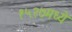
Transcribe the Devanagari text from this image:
१५२७मध्ये